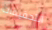
التحقيقات